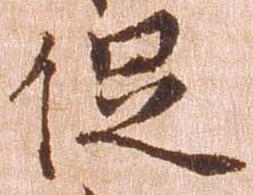
促